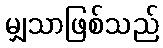
မျှသာဖြစ်သည်